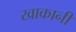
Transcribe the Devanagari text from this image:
खाकानी